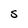
Character: S